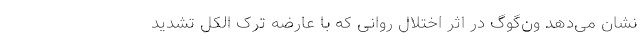
نشان می‌دهد ون‌گوگ در اثر اختلال روانی که با عارضه ترک الکل تشدید